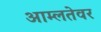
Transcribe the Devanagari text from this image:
आम्लतेवर